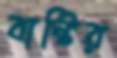
বান্টির